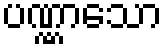
ပဏ္ဏာသော